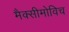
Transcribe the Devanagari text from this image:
मैक्सीमोविच